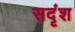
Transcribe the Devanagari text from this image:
सदृंश